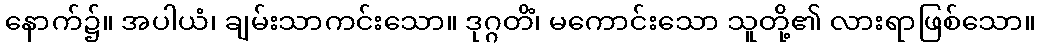
နောက်၌။ အပါယံ၊ ချမ်းသာကင်းသော။ ဒုဂ္ဂတိံ၊ မကောင်းသော သူတို့၏ လားရာဖြစ်သော။